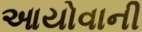
આયોવાની